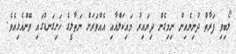
ލޯބިވި ފަރާތް ދުނިޔެއިން ނިމިގެން ދިޔައިރު މައިކަލްއާއި އެއްވަރަށް ނަތާލީގެ ހަށިގަނޑުގައި ވޭންއެޅިއެވެ.